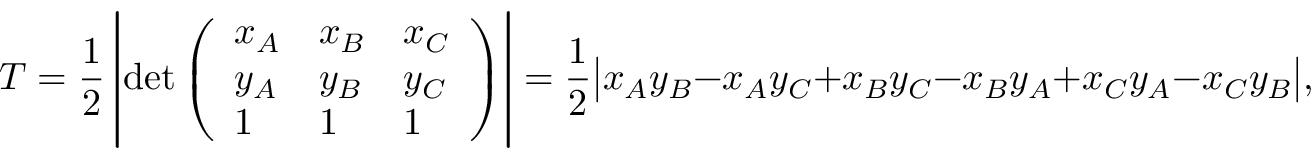
T = { \frac { 1 } { 2 } } \left| \operatorname* { d e t } { \left( \begin{array} { l l l } { x _ { A } } & { x _ { B } } & { x _ { C } } \\ { y _ { A } } & { y _ { B } } & { y _ { C } } \\ { 1 } & { 1 } & { 1 } \end{array} \right) } \right| = { \frac { 1 } { 2 } } { \big | } x _ { A } y _ { B } - x _ { A } y _ { C } + x _ { B } y _ { C } - x _ { B } y _ { A } + x _ { C } y _ { A } - x _ { C } y _ { B } { \big | } ,